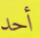
أحد